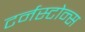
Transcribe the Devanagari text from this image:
टर्नस्टोन्स